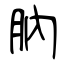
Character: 肭